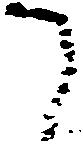
て